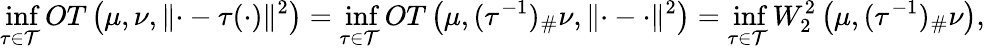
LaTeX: \operatorname*{inf}_{\tau\in\mathcal{T}}OT\left(\mu,\nu,\lVert\cdot-\tau(\cdot)\rVert^{2}\right)=\operatorname*{inf}_{\tau\in\mathcal{T}}OT\left(\mu,(\tau^{-1})_{\# }\nu,\lVert\cdot-\cdot\rVert^{2}\right)=\operatorname*{inf}_{\tau\in\mathcal{T}}W_{2}^{2}\left(\mu,(\tau^{-1})_{\# }\nu\right),